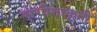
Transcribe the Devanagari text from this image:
संगीताकृती